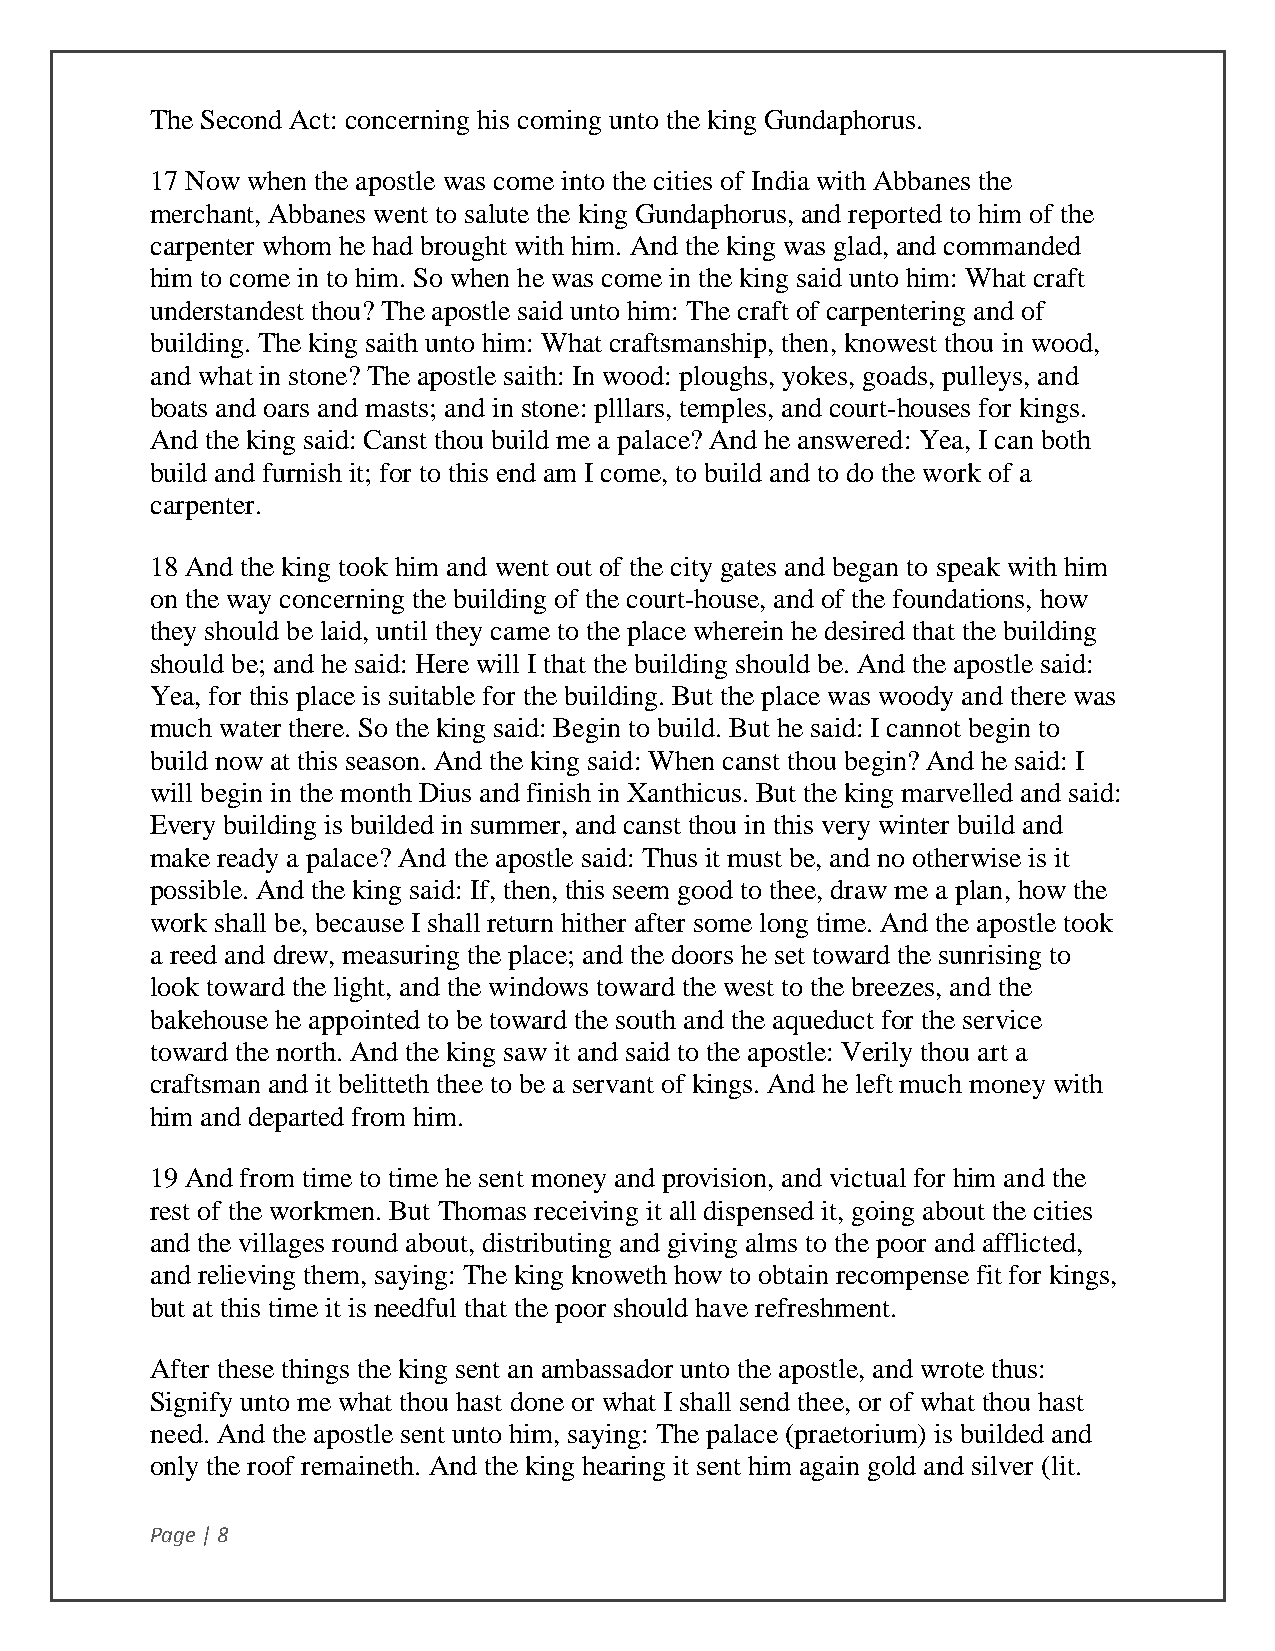
The Second Act: concerning his coming unto the king Gundaphorus.
 17 Now when the apostle was come into the cities of India with Abbanes the
 merchant, Abbanes went to salute the king Gundaphorus, and reported to him of the
 carpenter whom he had brought with him. And the king was glad, and commanded
 him to come in to him. So when he was come in the king said unto him: What craft
 understandest thou? The apostle said unto him: The craft of carpentering and of
 building. The king saith unto him: What craftsmanship, then, knowest thou in wood,
 and what in stone? The apostle saith: In wood: ploughs, yokes, goads, pulleys, and
 boats and oars and masts; and in stone: plllars, temples, and court-houses for kings.
 And the king said: Canst thou build me a palace? And he answered: Yea, I can both
 build and furnish it; for to this end am I come, to build and to do the work of a
 carpenter.
 18 And the king took him and went out of the city gates and began to speak with him
 on the way concerning the building of the court-house, and of the foundations, how
 they should be laid, until they came to the place wherein he desired that the building
 should be; and he said: Here will I that the building should be. And the apostle said:
 Yea, for this place is suitable for the building. But the place was woody and there was
 much water there. So the king said: Begin to build. But he said: I cannot begin to
 build now at this season. And the king said: When canst thou begin? And he said: I
 will begin in the month Dius and finish in Xanthicus. But the king marvelled and said:
 Every building is builded in summer, and canst thou in this very winter build and
 make ready a palace? And the apostle said: Thus it must be, and no otherwise is it
 possible. And the king said: If, then, this seem good to thee, draw me a plan, how the
 work shall be, because I shall return hither after some long time. And the apostle took
 a reed and drew, measuring the place; and the doors he set toward the sunrising to
 look toward the light, and the windows toward the west to the breezes, and the
 bakehouse he appointed to be toward the south and the aqueduct for the service
 toward the north. And the king saw it and said to the apostle: Verily thou art a
 craftsman and it belitteth thee to be a servant of kings. And he left much money with
 him and departed from him.
 19 And from time to time he sent money and provision, and victual for him and the
 rest of the workmen. But Thomas receiving it all dispensed it, going about the cities
 and the villages round about, distributing and giving alms to the poor and afflicted,
 and relieving them, saying: The king knoweth how to obtain recompense fit for kings,
 but at this time it is needful that the poor should have refreshment.
 After these things the king sent an ambassador unto the apostle, and wrote thus:
 Signify unto me what thou hast done or what I shall send thee, or of what thou hast
 need. And the apostle sent unto him, saying: The palace (praetorium) is builded and
 only the roof remaineth. And the king hearing it sent him again gold and silver (lit.
 Page | 8